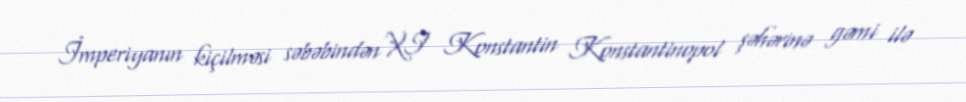
İmperiyanın kiçilməsi səbəbindən XI Konstantin Konstantinopol şəhərinə gəmi ilə